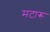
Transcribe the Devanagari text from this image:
मटारू